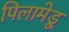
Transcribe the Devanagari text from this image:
पिलामेडू